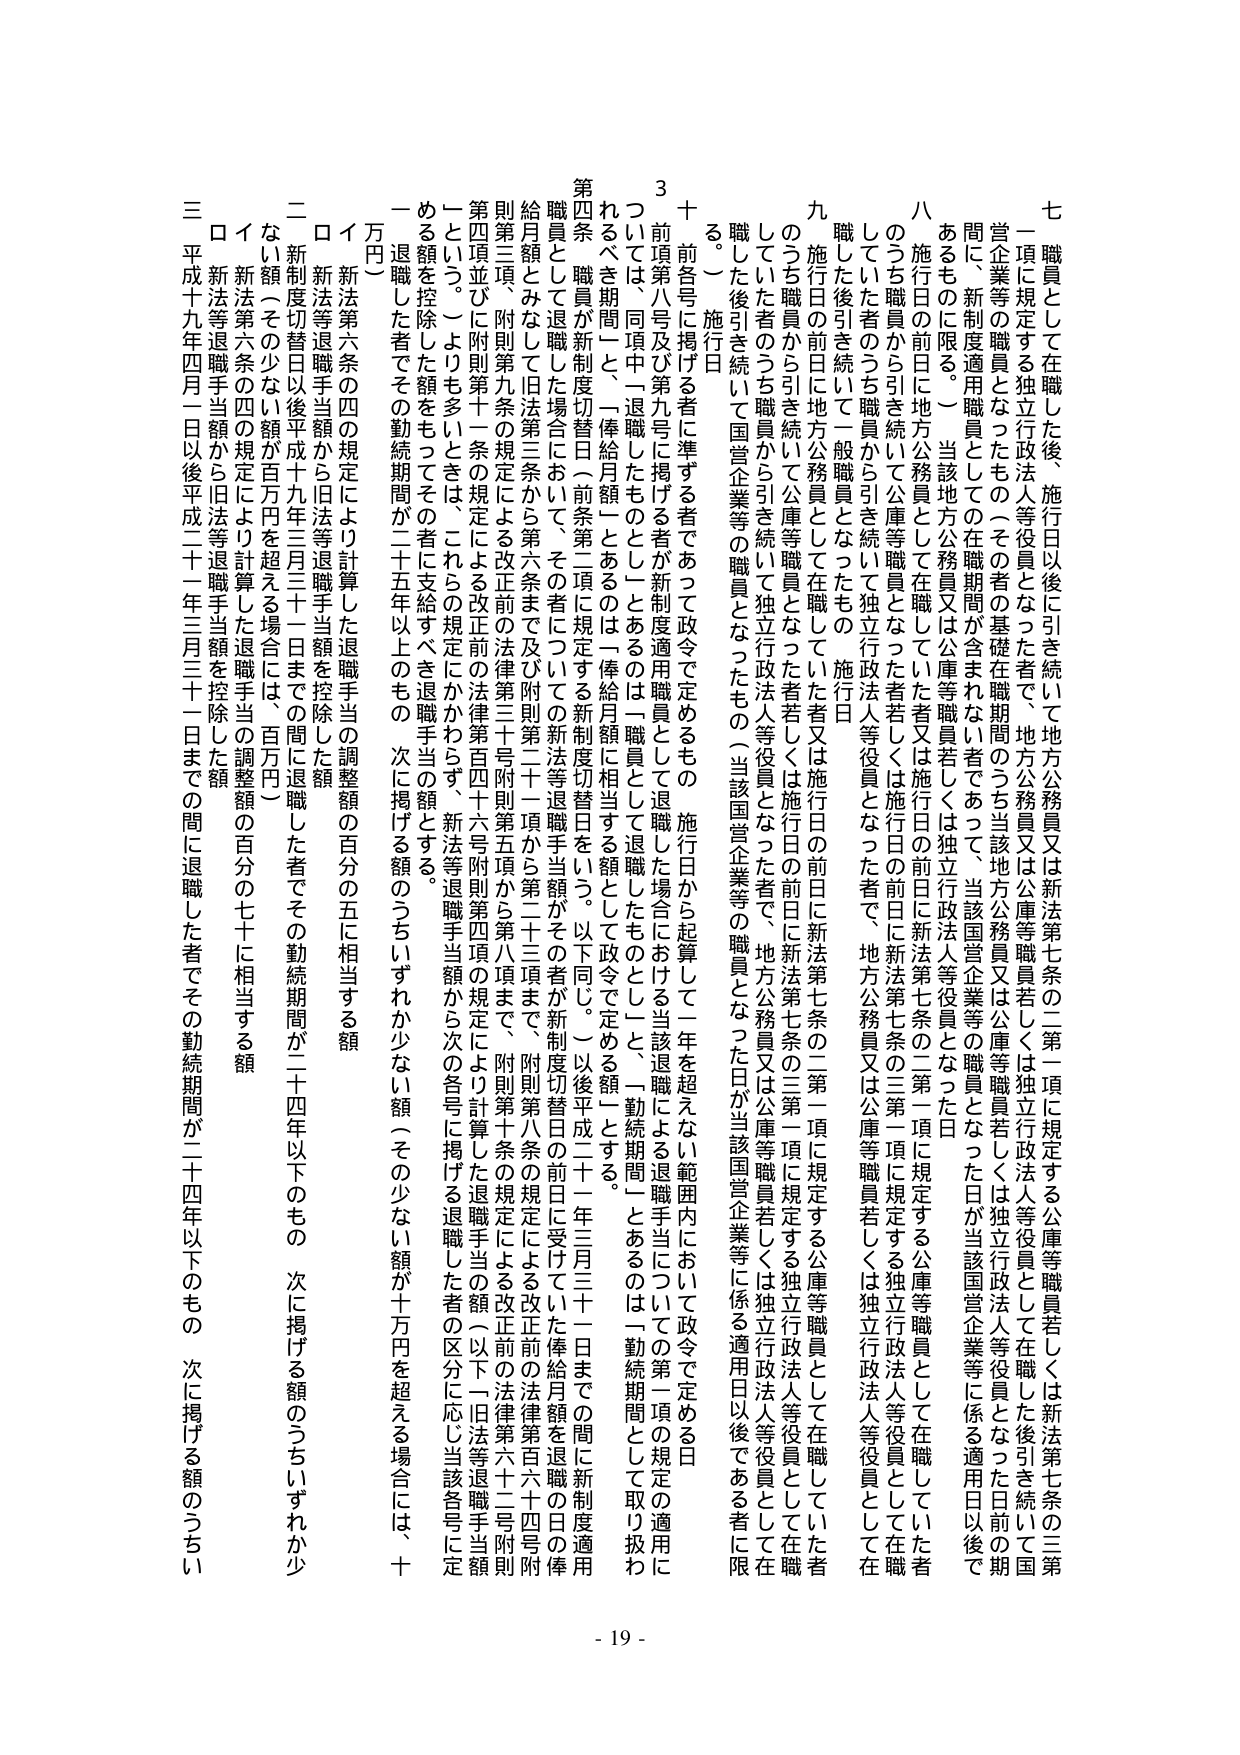
七 職員として在職した後、施行日以後に引き続いて地方公務員又は新法第七条の二第一項に規定する公庫等職員若しくは新法第七条の三第一項に規定する独立行政法人等役員となった者で、地方公務員又は公庫等職員若しくは独立行政法人等役員として在職した後引き続いて国営企業等の職員となったもの（その者の基礎在職期間のうち当該地方公務員又は公庫等職員若しくは独立行政法人等役員となった日前の期間に、新制度適用職員としての在職期間が含まれない者であって、当該国営企業等の職員となった日が当該国営企業等に係る適用日以後であるものに限る。） 当該地方公務員又は公庫等職員若しくは独立行政法人等役員となった日

八 うち職員から引き続いて公務員として在職していた者又は施行日の前日に新法第七条の二第一項に規定する公庫等職員として在職していた者、うち職員から引き続いて公庫等職員として在職していた者若しくは施行日の前日に新法第七条の三第一項に規定する独立行政法人等役員として在職していた者、うち職員から引き続いて一般職員となったもの（施行日）

九 施行日の前日に地方公務員として在職していた者又は施行日の前日に新法第七条の二第一項に規定する公庫等職員として在職していた者のうち職員から引き続いて公庫等職員として在職していた者若しくは施行日の前日に新法第七条の三第一項に規定する独立行政法人等役員として在職していた者、うち職員から引き続いて独立行政法人等役員となった者で、地方公務員又は公庫等職員若しくは独立行政法人等役員として在職した後引き続いて国営企業等の職員となったもの（当該国営企業等の職員となった日が当該国営企業等に係る適用日以後である者に限る。）

十 前各号に掲げる者に準ずる者であって政令で定めるもの 施行日から起算して一年を超えない範囲内において政令で定める日

3 前項第八号及び第九号に掲げる者が新制度適用職員として退職した場合における当該退職による退職手当についての第一項の規定の適用については、同項中「退職したもの」とするものはあるのは「一職員として退職したも」とし、「一勤続期間」とあるのは「一勤続期間として取り扱わるべき期間」と、「俸給月額」とあるのは「俸給月額に相当する額」として政令で定める額とする。

第四条 職員が新制度切替日（前条第二項に規定する新制度切替日をいう。以下同じ。）以後平成二十一年三月三十一日までの間に新制度適用職員として退職した場合において、その者についての新法等退職手当額がその者が新制度切替日の前日に受けていた俸給月額を退職の日の俸給月額とみなして旧法第三条から第六条まで及び附則第二十一項から第三十三項まで、附則第八条の規定による改正前の法律第百六十四号附則第三項、附則第九条の規定による改正前の法律第三十号附則第五項から第八項まで、附則第十条の規定による改正前の法律第百六十四号附則第四項並びに附則第十一条の規定による改正前の法律第百四十六号附則第四項の規定により計算した退職手当の額（以下「旧法等退職手当額」という。）よりも多いときは、これらの規定にかかわらず、新法等退職手当額から次の各号に掲げる退職した者の区分に応じ当該各号に定める額を控除した額をもってその者に支給すべき退職手当の額とする。

一 退職した者でその勤続期間が二十五年以上のもの 次に掲げる額のうちいずれか少ない額（その少ない額が十万円を超える場合には、十万円）

ロ 新法第六条の四の規定により計算した退職手当の調整額の百分の五に相当する額

イ 新法等退職手当額から旧法等退職手当額を控除した額

二 新制度切替日以後平成十九年三月三十一日までの間に退職した者でその勤続期間が二十四年以下のもの 次に掲げる額のうちいずれか少ない額（その少ない額が百万円を超える場合には、百万円）

イ 新法第六条の四の規定により計算した退職手当の調整額の百分の七に相当する額

ロ 新法等退職手当額から旧法等退職手当額を控除した額

三 平成十九年四月一日以後平成二十一年三月三十一日までの間に退職した者でその勤続期間が二十四年以下のもの 次に掲げる額のうちい

- 19 -